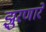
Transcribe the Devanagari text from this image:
झुरणारे